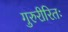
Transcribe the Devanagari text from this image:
गुरुरीरितः